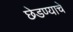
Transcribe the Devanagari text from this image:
छेडण्याचे